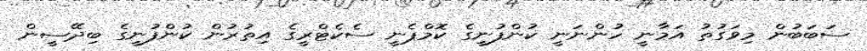
ސަބަބުން މިވަގުތު އަމާނީ ހުންނަނީ ކުންފުނީގެ ކޮމްޕެނީ ސެކެޓްރީގެ އިތުރުން ކުންފުނީގެ ބިދޭސީން